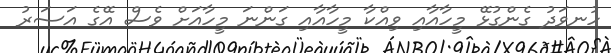
ހުނވަދު ގެންގުޅޭ މީހާއާއި ވިއްކާ މީހާއާއި ގަންނަ މީހާއަށް ވެސް އޭގެ އަސަރު